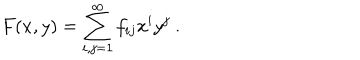
LaTeX: F ( x , y ) = \sum _ { i , j = 1 } ^ { \infty } f _ { i j } x ^ { i } y ^ { j } \ .